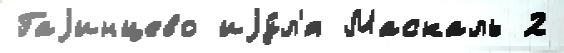
Гаjинцево иjу́л'я Маскаль 2